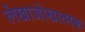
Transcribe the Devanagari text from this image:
लेखाजोखात्मक